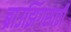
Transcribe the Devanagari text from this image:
ब्राउझिंगसाठी